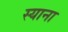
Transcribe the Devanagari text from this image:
स्‍याना